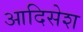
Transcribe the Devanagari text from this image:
आदिसेश